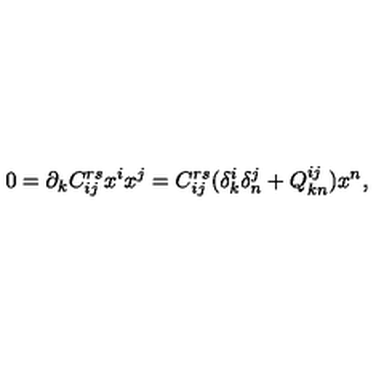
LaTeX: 0 = \partial _ { k } C _ { i j } ^ { r s } x ^ { i } x ^ { j } = C _ { i j } ^ { r s } ( \delta _ { k } ^ { i } \delta _ { n } ^ { j } + Q _ { k n } ^ { i j } ) x ^ { n } ,